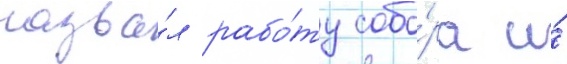
назва́л рабо́ту собо́ра и́